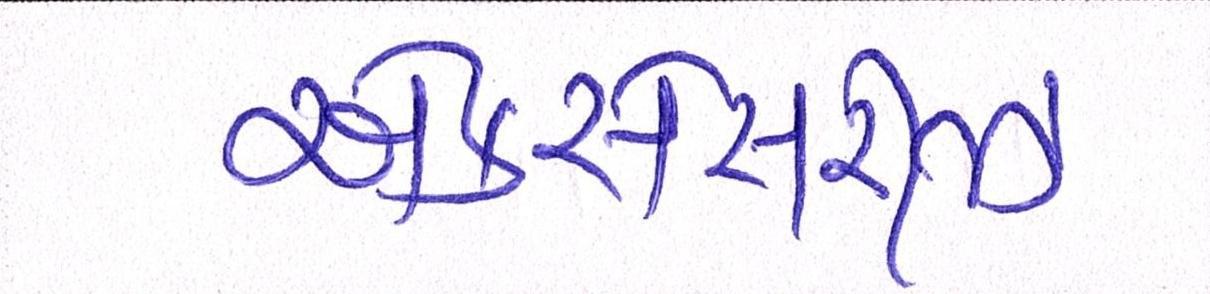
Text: એકસેસરીઝ